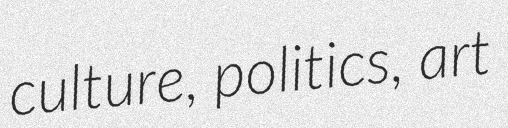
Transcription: culture, politics, art